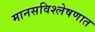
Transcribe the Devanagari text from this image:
मानसविश्लेषणात